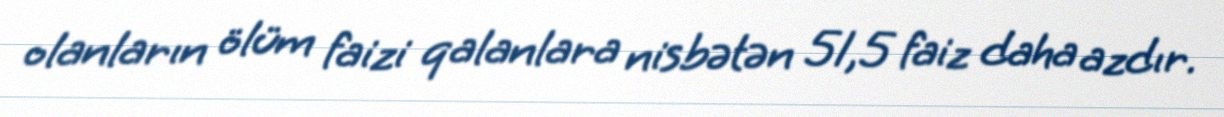
olanların ölüm faizi qalanlara nisbətən 51,5 faiz daha azdır.